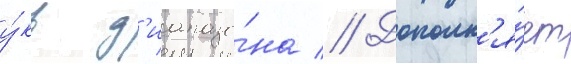
у́кв д'иапазо́на // Дополн'я́ет